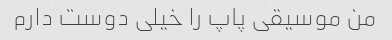
من موسیقی پاپ را خیلی دوست دارم